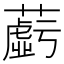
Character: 𬞲